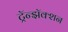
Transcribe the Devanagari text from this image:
ट्रॅन्झॅक्शन